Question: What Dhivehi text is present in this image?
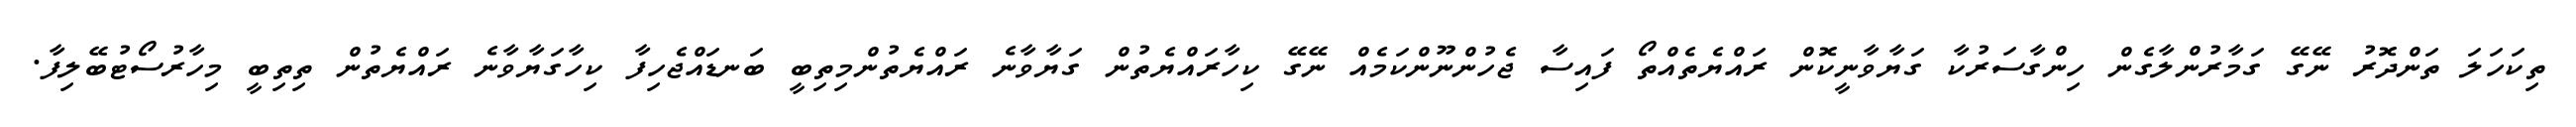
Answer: ތިކަހަލަ ތަންދޮރު ނޭގޭ ގަމާރުންލާގެން ހިންގާސަރުކާ ގަޔާވާނީކޮން ރައްޔެތެއްތޯ ފައިސާ ޖެހުންނޫންކަމެއް ނޭގޭ ކިހާރައްޔެތުން ގަޔާވާނެ ރައްޔެތުންމިތިބީ ބަނޑައްޖެހިފާ ކިހާގަޔާވާނެ ރައްޔެތުން ތިތިބީ މިހާރުސޯޓުބޭލިފާ.